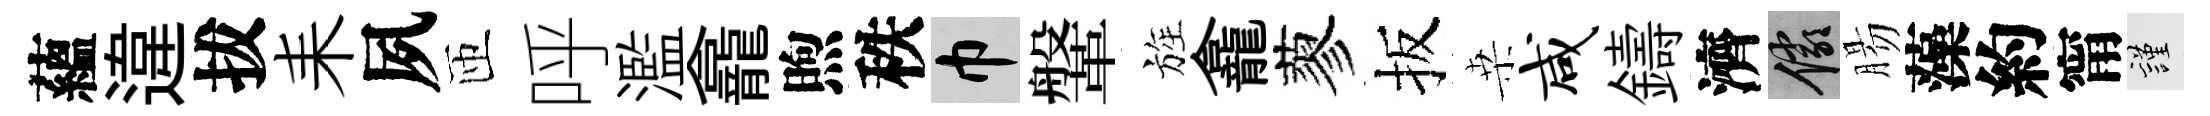
蘊違拔耒夙匝呼濫龕煦秩巾鞶旌龕蓼扳桒咸鑄濟儼腸藻約甯謹